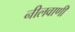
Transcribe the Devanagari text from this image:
नीलवाणी